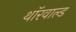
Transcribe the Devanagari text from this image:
थॉरवाल्ड